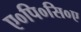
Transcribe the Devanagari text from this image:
ए०पि०सि०ए